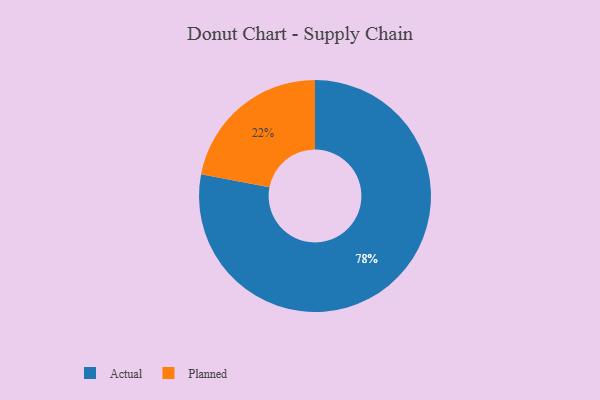
{"axis": {"x": "Category", "y": "Percentage"}, "legend": ["Actual", "Planned"], "data": [{"x": "Planned", "y": 22, "type": "Planned"}, {"x": "Actual", "y": 78, "type": "Actual"}]}